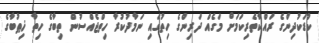
ކުޑަކުދިންގެ ރައްކާތެރިކަމަށް މަގެއް ދަރިންގެ ހިތުގައި ނަމާދުކުރާ ހިތްޖެއްސުން ތިބާގެ ހިތާ ޚިޠުބާގެ